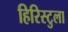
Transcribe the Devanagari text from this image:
हिरिस्टुला